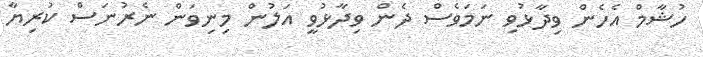
ހުޝާމް އެހެން ވިދާޅުވި ނަމަވެސް ދެން ވިދާޅުވީ އަލުން މިނިވަން ނެރުނަސް ކުރިޔާ